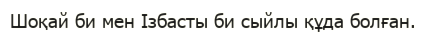
Шоқай би мен Ізбасты би сыйлы құда болған.